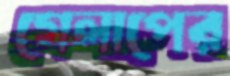
গেলাপের